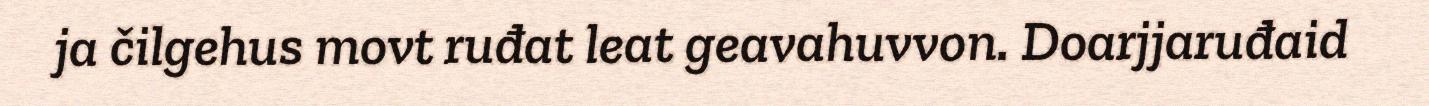
ja čilgehus movt ruđat leat geavahuvvon. Doarjjaruđaid